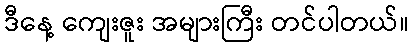
ဒီနေ့ ကျေးဇူး အများကြီး တင်ပါတယ်။